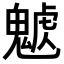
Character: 𩳰